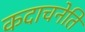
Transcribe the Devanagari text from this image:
कदाचनेति